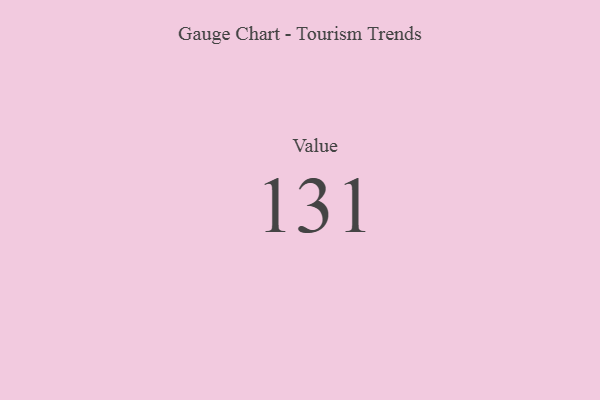
{"axis": {"x": "Metric", "y": "Value"}, "legend": [""], "data": [{"x": "Value", "y": 131, "type": ""}]}